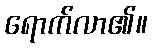
ရောက်လာ၏။